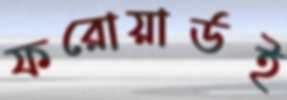
ফরোয়ার্ডই